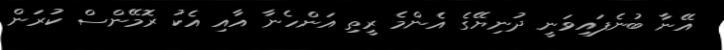
އޭނާ ބުނެފައިވަނީ ދުނިޔޭގެ އެންމެ ރީތި އަންހެނާ އާއި އެކު ރޮމޭންސް ކުރަން